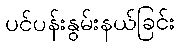
ပင်ပန်းနွမ်းနယ်ခြင်း